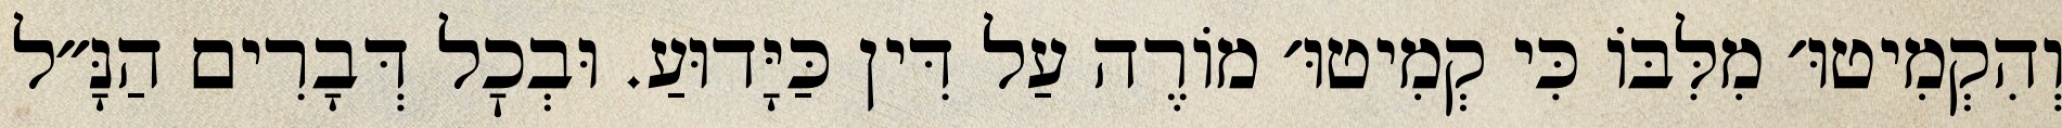
וְהִקְמִיטוּ׳ מִלִּבּוֹ כִּי קְמִיטוּ׳ מוֹרֶה עַל דִּין כַּיָּדוּעַ. וּבְכׇל דְּבָרִים הַנָּ״ל